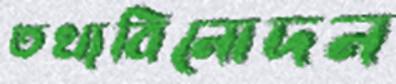
তথ্যবিনোদন